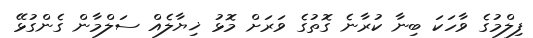
ފިލްމުގެ ވާހަކަ ބިނާ ކުރާނެ ގޮތުގެ ވަރަށް މޮޅު ޚިޔާލެއް ސަލްމާން ގެންގުޅޭ